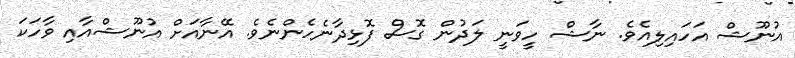
އުނޫޝް އަހައިލިއެވެ. ނާޝް ހީވަނީ ލަދުން ގޮސް ފޮޅިދާނެހެންނެވެ. އޭނާއަށް އުނޫޝްއާއި ވާހަކަ